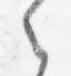
之